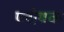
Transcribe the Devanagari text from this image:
प्लोषक